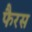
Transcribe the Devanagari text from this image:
फैरस